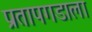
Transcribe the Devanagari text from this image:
प्रतापगडाला